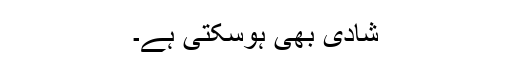
شادی بھی ہوسکتی ہے۔